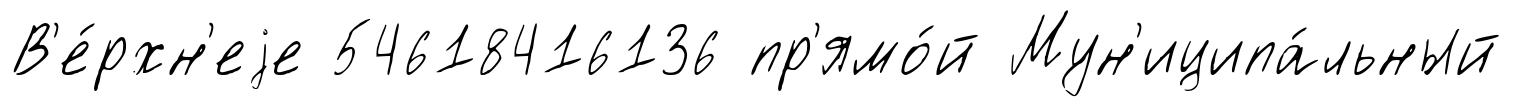
В'е́рхн'еjе 54618416136 пр'ямо́й Мун'иципа́льный